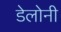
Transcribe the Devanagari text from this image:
डेलोनी